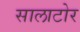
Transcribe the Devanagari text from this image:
सालाटोर